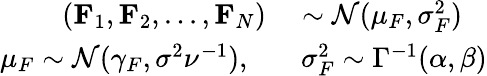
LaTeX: \begin{array}{rl}{(\mathbf{F}_{1},\mathbf{F}_{2},...,\mathbf{F}_{N})}&{{}\sim\mathcal{N}(\mu_{F},\sigma_{F}^{2})}\\ {\mu_{F}\sim\mathcal{N}(\gamma_{F},\sigma^{2}\nu^{-1}),\ \ }&{{}\ \sigma_{F}^{2}\sim\Gamma^{-1}(\alpha,\beta)}\end{array}